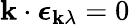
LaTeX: \boldsymbol{\mathbf{k}}\cdot\boldsymbol{\epsilon}_{\boldsymbol{\mathbf{k}}\lambda}=0